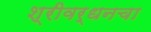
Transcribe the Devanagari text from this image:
श्रीवर्धनचा